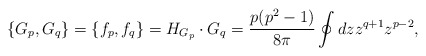
\begin{align*}\{G_p, G_q\}=\{f_p , f_q\} = H_{G_p}\cdot G_q ={p (p^2 -1)\over 8\pi}\oint dz z^{q+1}z^{p-2},\end{align*}